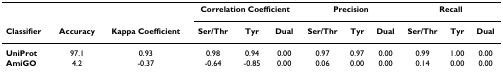
|  |  |  | <COLSPAN=3> Correlation Coefficient | <COLSPAN=3> Precision | <COLSPAN=3> Recall |
 | Classifier | Accuracy | Kappa Coefficient | Ser/Thr | Tyr | Dual | Ser/Thr | Tyr | Dual | Ser/Thr | Tyr | Dual |
 | --- | --- | --- | --- | --- | --- | --- | --- | --- | --- | --- | --- |
 | UniProt | 97.1 | 0.93 | 0.98 | 0.94 | 0.00 | 0.97 | 0.97 | 0.00 | 0.99 | 1.00 | 0.00 |
 | AmiGO | 4.2 | -0.37 | -0.64 | -0.85 | 0.00 | 0.06 | 0.00 | 0.00 | 0.14 | 0.00 | 0.00 |